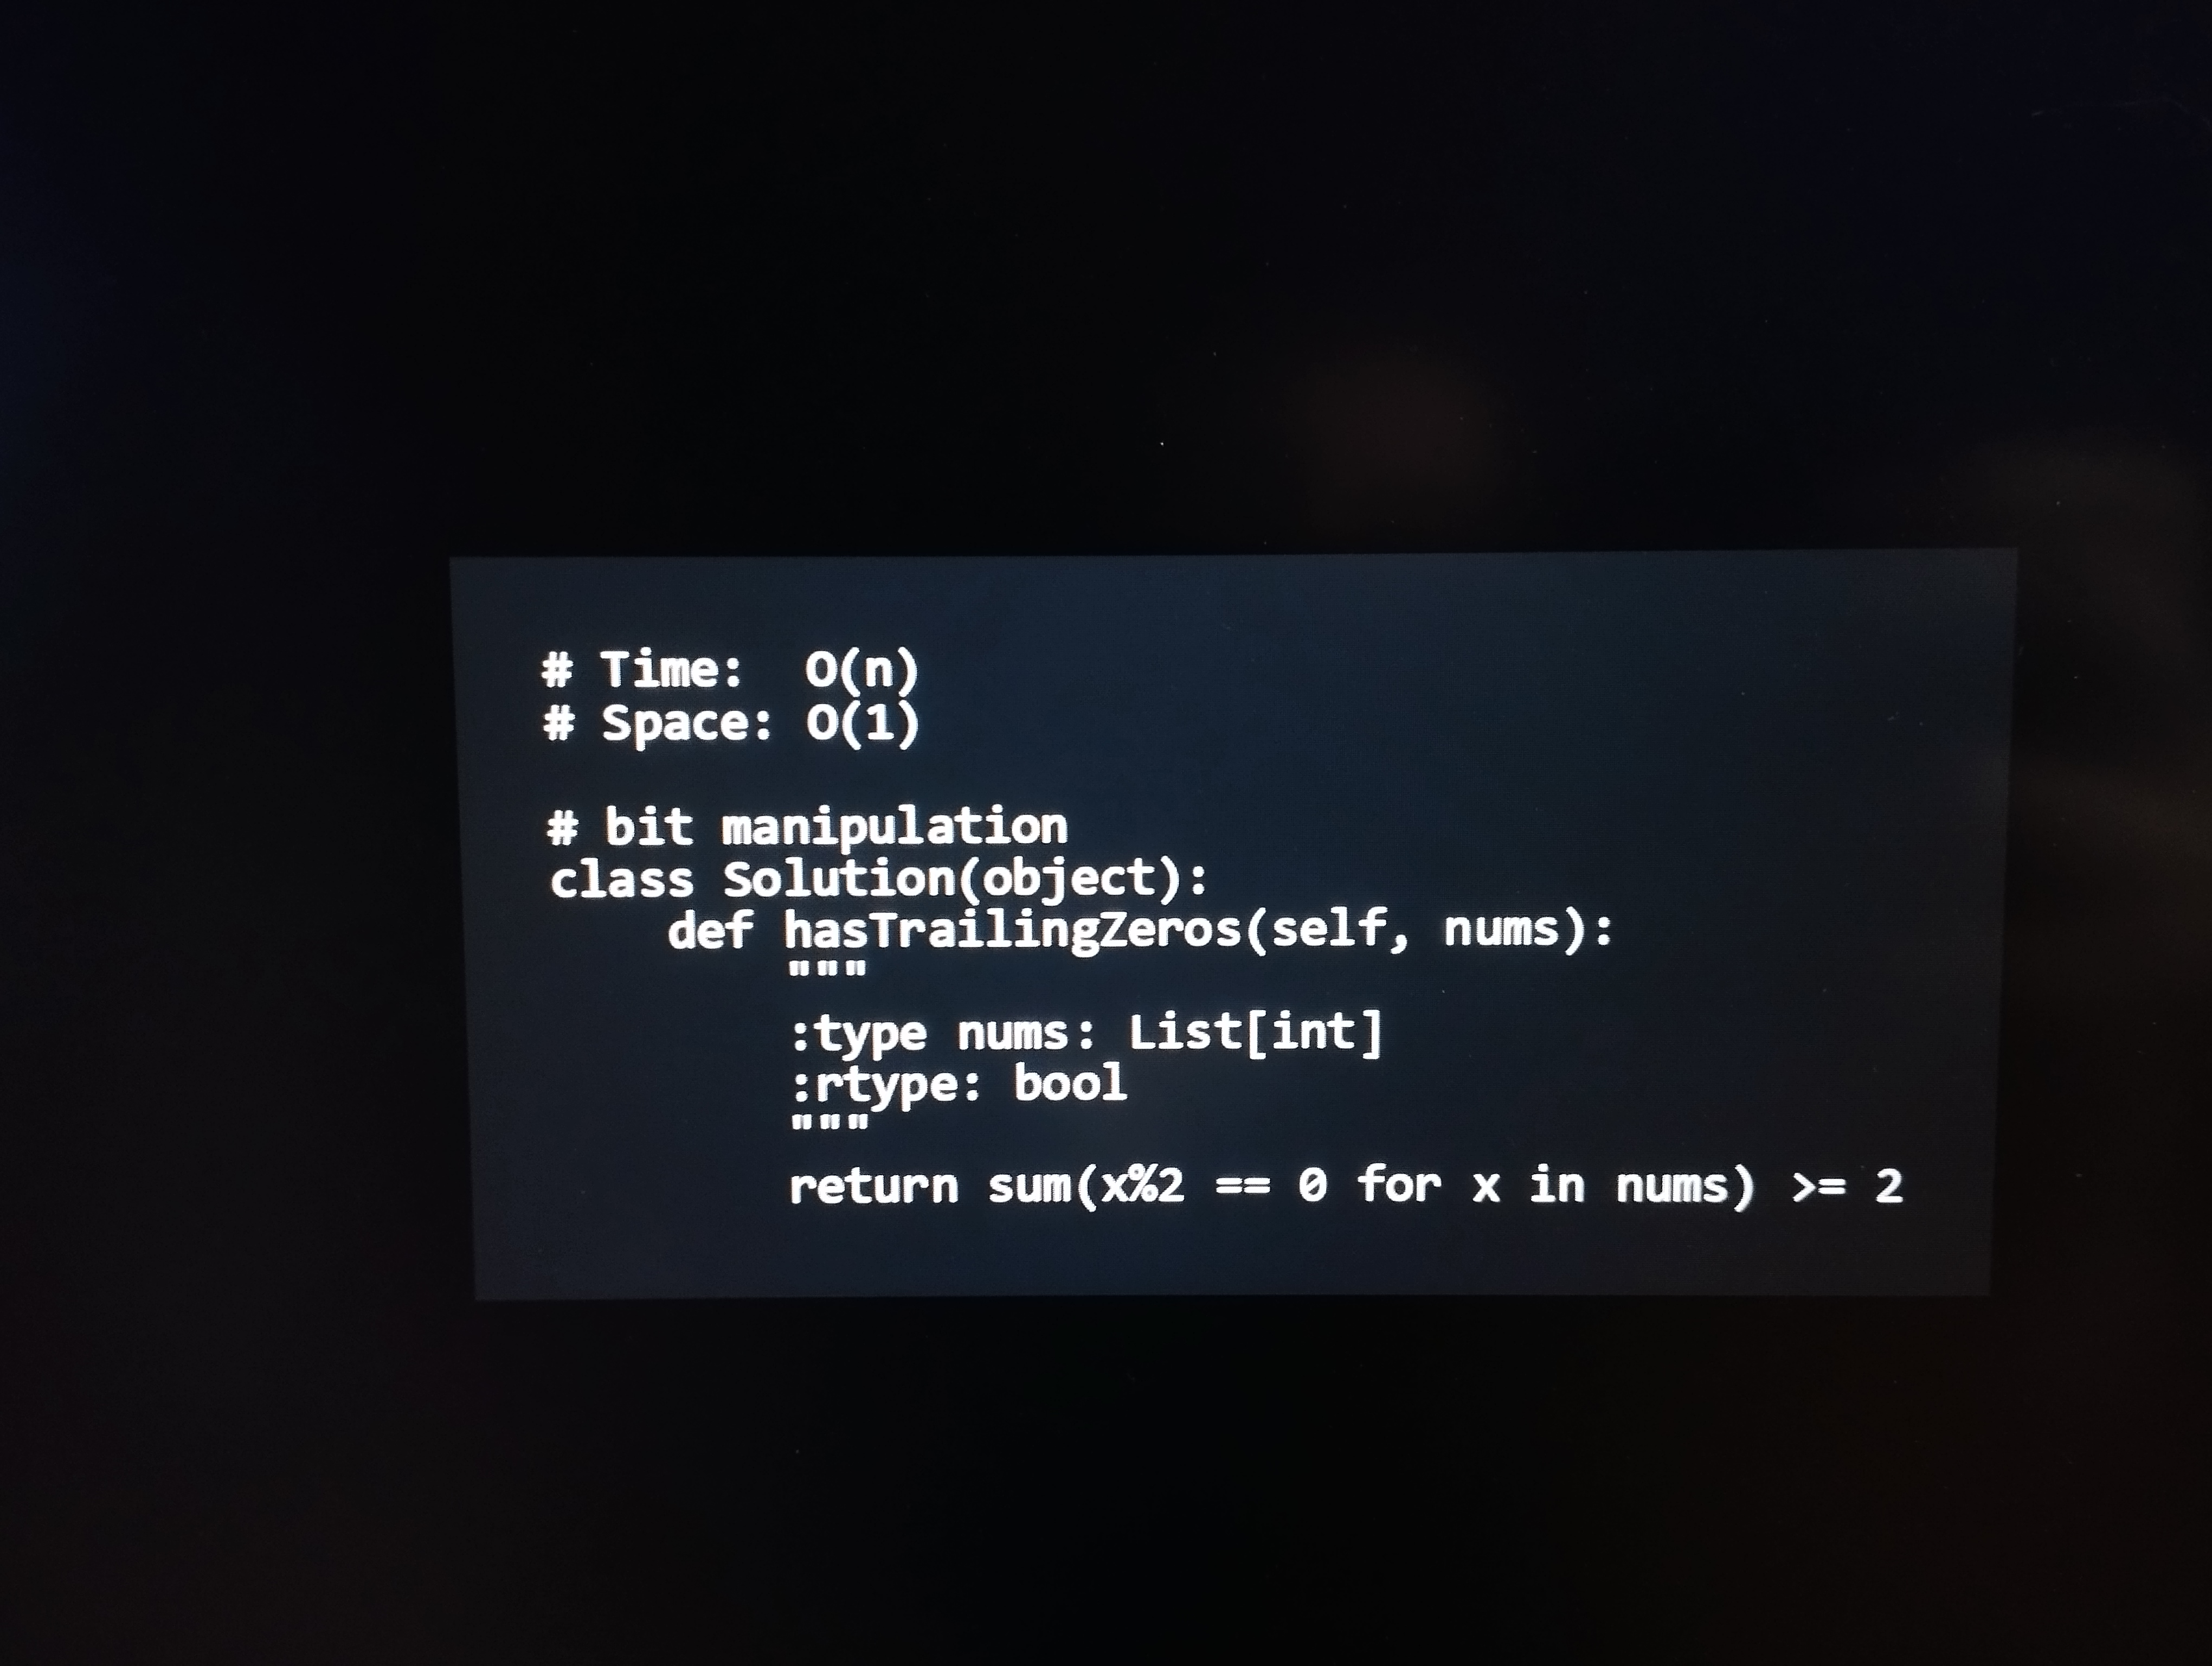
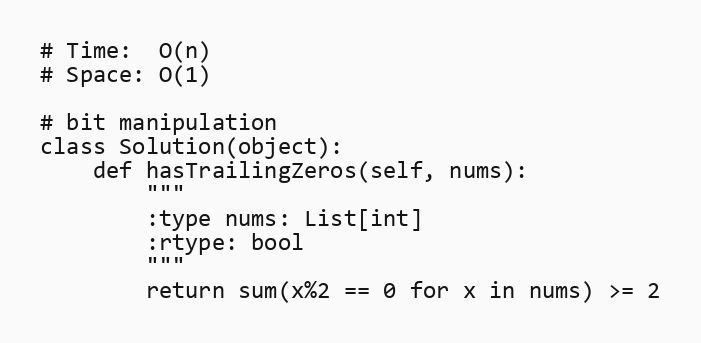
# Time:  O(n)
# Space: O(1)

# bit manipulation
class Solution(object):
    def hasTrailingZeros(self, nums):
        """
        :type nums: List[int]
        :rtype: bool
        """
        return sum(x%2 == 0 for x in nums) >= 2